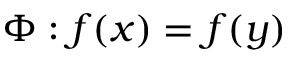
\Phi : f ( x ) = f ( y )